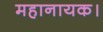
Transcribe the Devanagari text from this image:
महानायक।